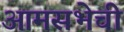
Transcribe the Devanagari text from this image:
आमसभेची